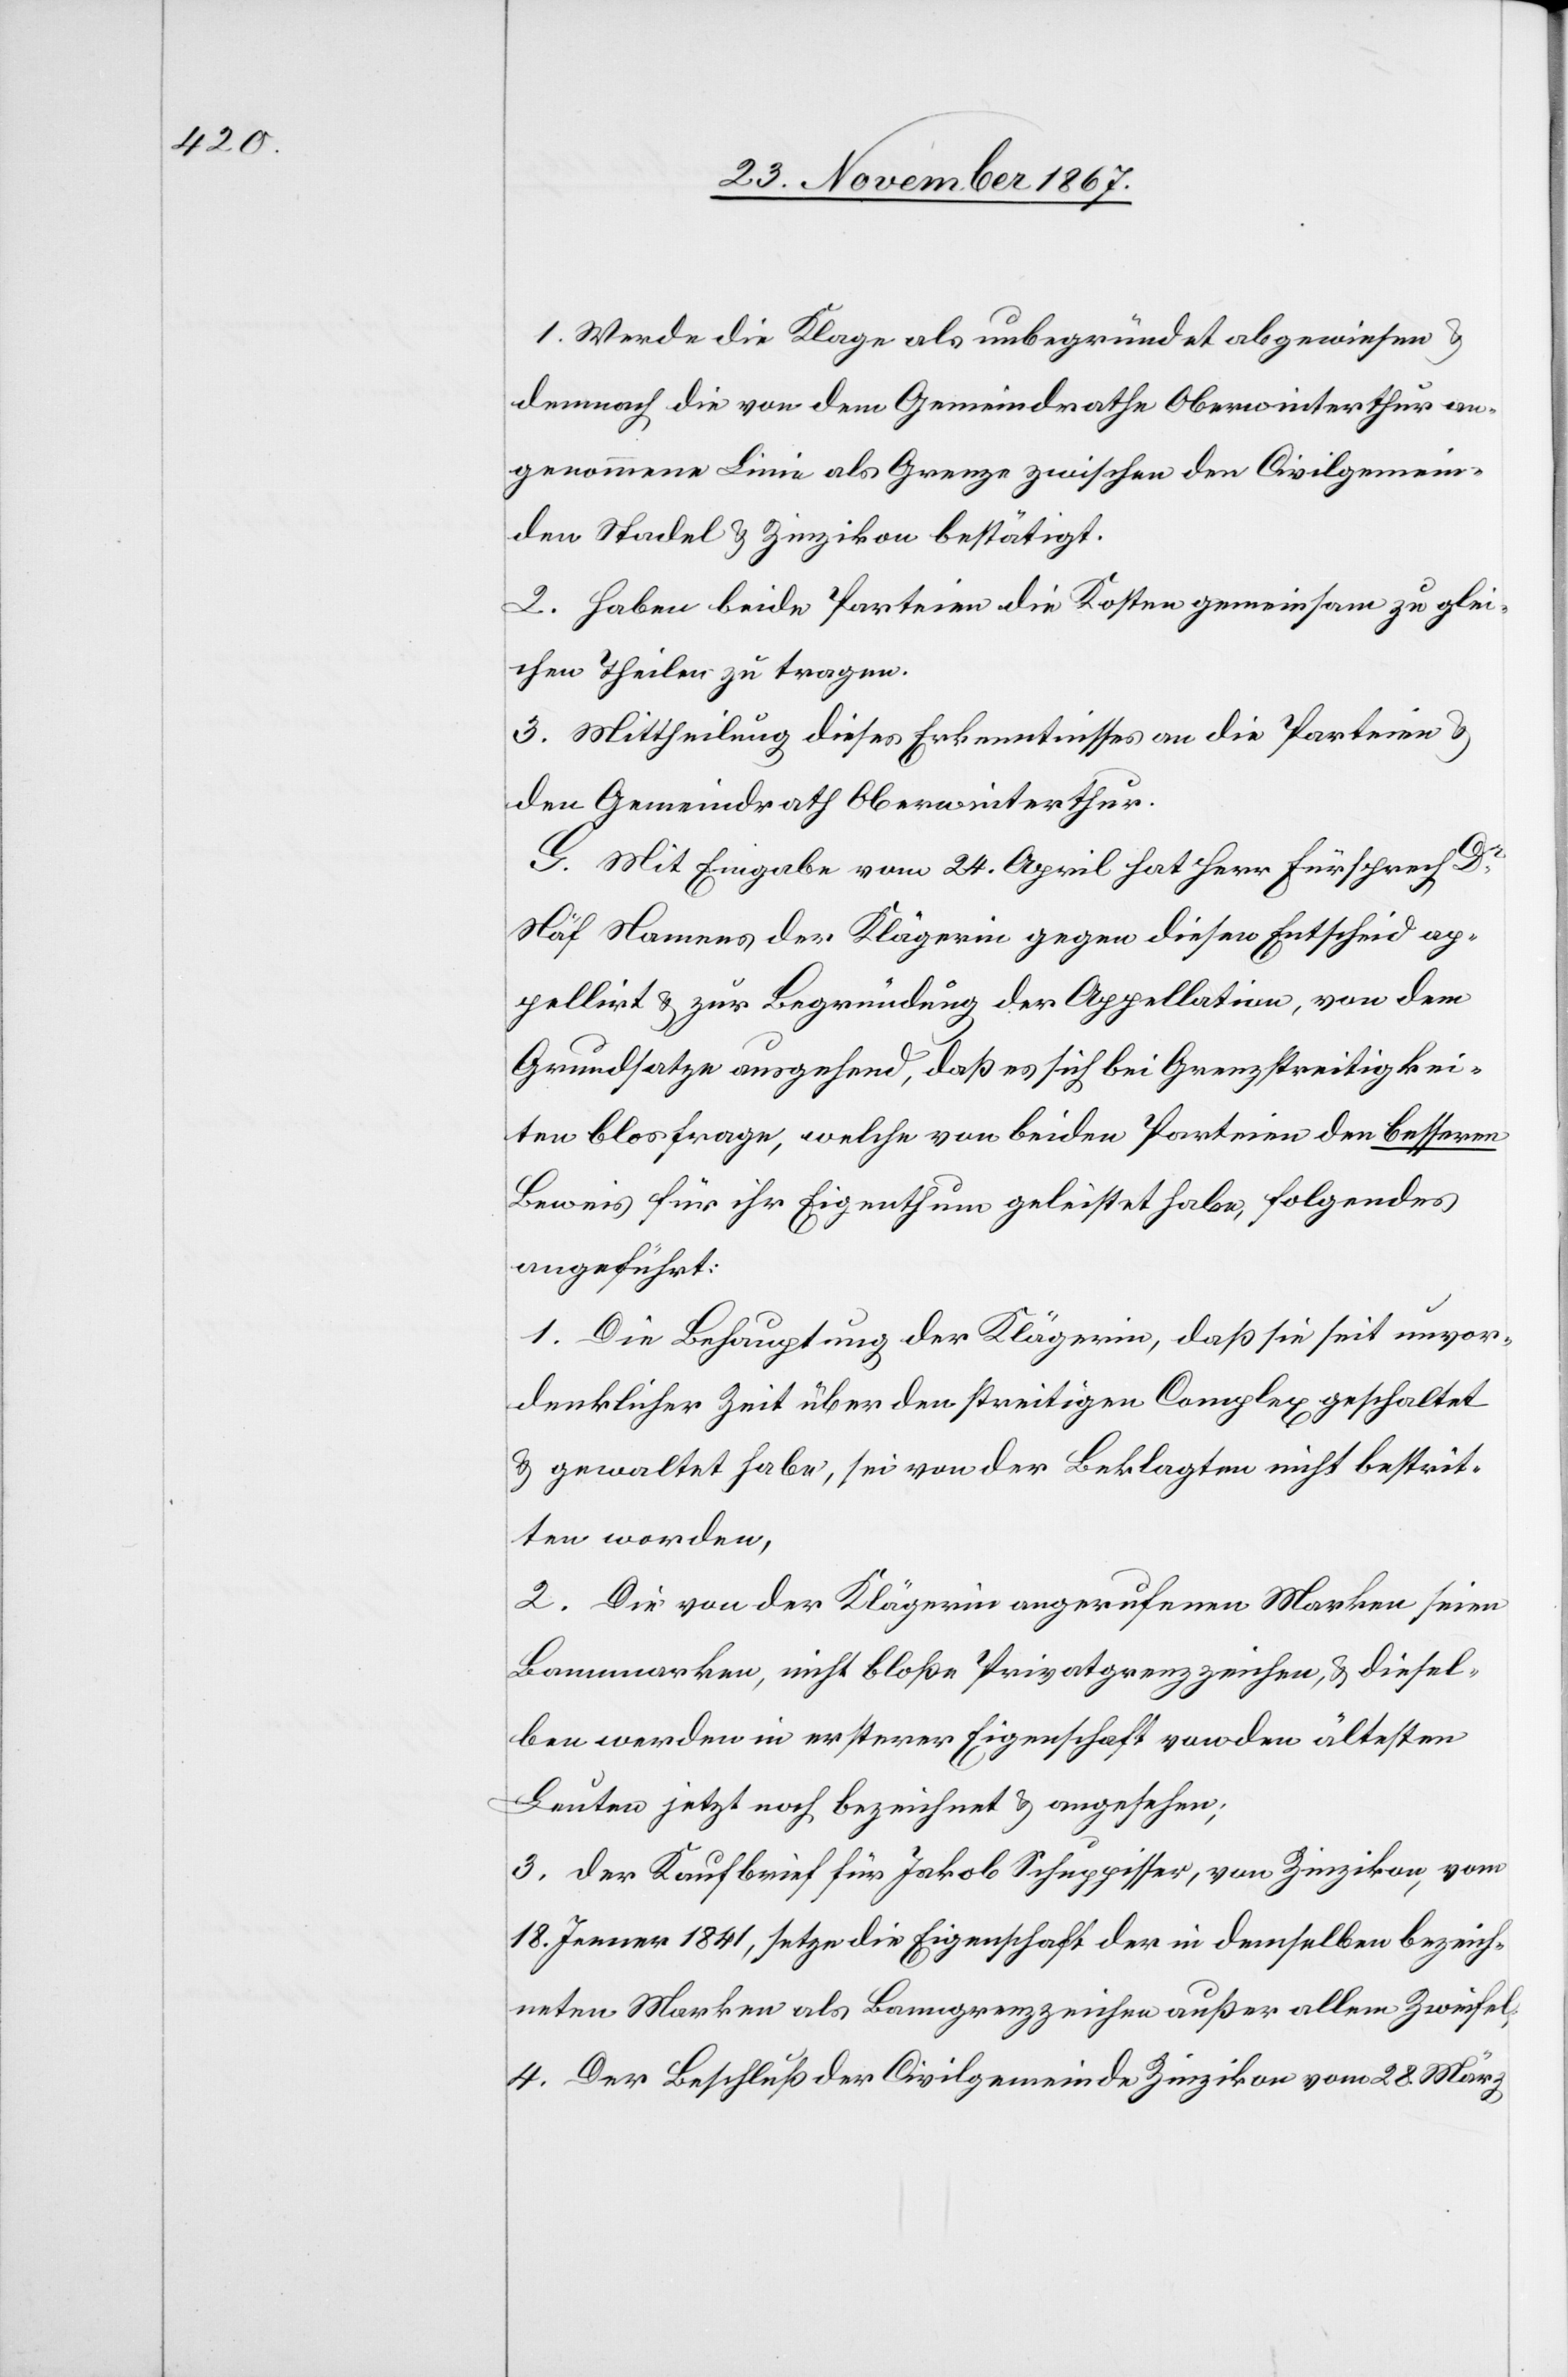
1. Werde die Klage als unbegründet abgewiesen u.
demnach die von dem Gemeindrathe Oberwinterthur an¬
genommene Linie als Grenze zwischen den Civilgemein¬
den Stadel u. Zinzikon bestätigt.
2. Haben beide Parteien die Kosten gemeinsam zu glei¬
chen Theilen zu tragen.
3. Mittheilung dieses Erkenntnisses an die Parteien u.
den Gemeindrath Oberwinterthur.
G. Mit Eingabe vom 24. April hat Herr Fürsprech Dr
Näf Namens der Klägerin gegen diesen Entscheid ap¬
pellirt u. zur Begründung der Appellation, von dem
Grundsatze ausgehend, daß es sich bei Grenzstreitigkei¬
ten blos frage, welche von beiden Parteien den besseren
Beweis für ihr Eigenthum geleistet habe, Folgendes
angeführt:
1. Die Behauptung der Klägerin, daß sie seit unvor¬
denklicher Zeit über den streitigen Complex geschaltet
u. gewaltet habe, sei von der Beklagten nicht bestrit¬
ten worden,
2. Die von der Klägerin angerufenen Marken seien
Bannmarken, nicht bloße Privatgrenzzeichen, u. diesel¬
ben werden in ersterer Eigenschaft von den ältesten
Leuten jetzt noch bezeichnet u. angesehen;
3. der Kaufbrief für Jakob Schuppisser, von Zinzikon, vom
18. Jenner 1841, setze die Eigenschaft der in demselben bezeich¬
neten Marken als Banngrenzzeichen außer allem Zweifel.
4. Der Beschluß der Civilgemeinde Zinzikon vom 28. März